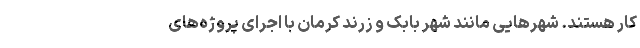
کار هستند. شهرهایی مانند شهر بابک و زرند کرمان با اجرای پروژه‌های